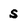
Character: S